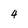
Character: 4